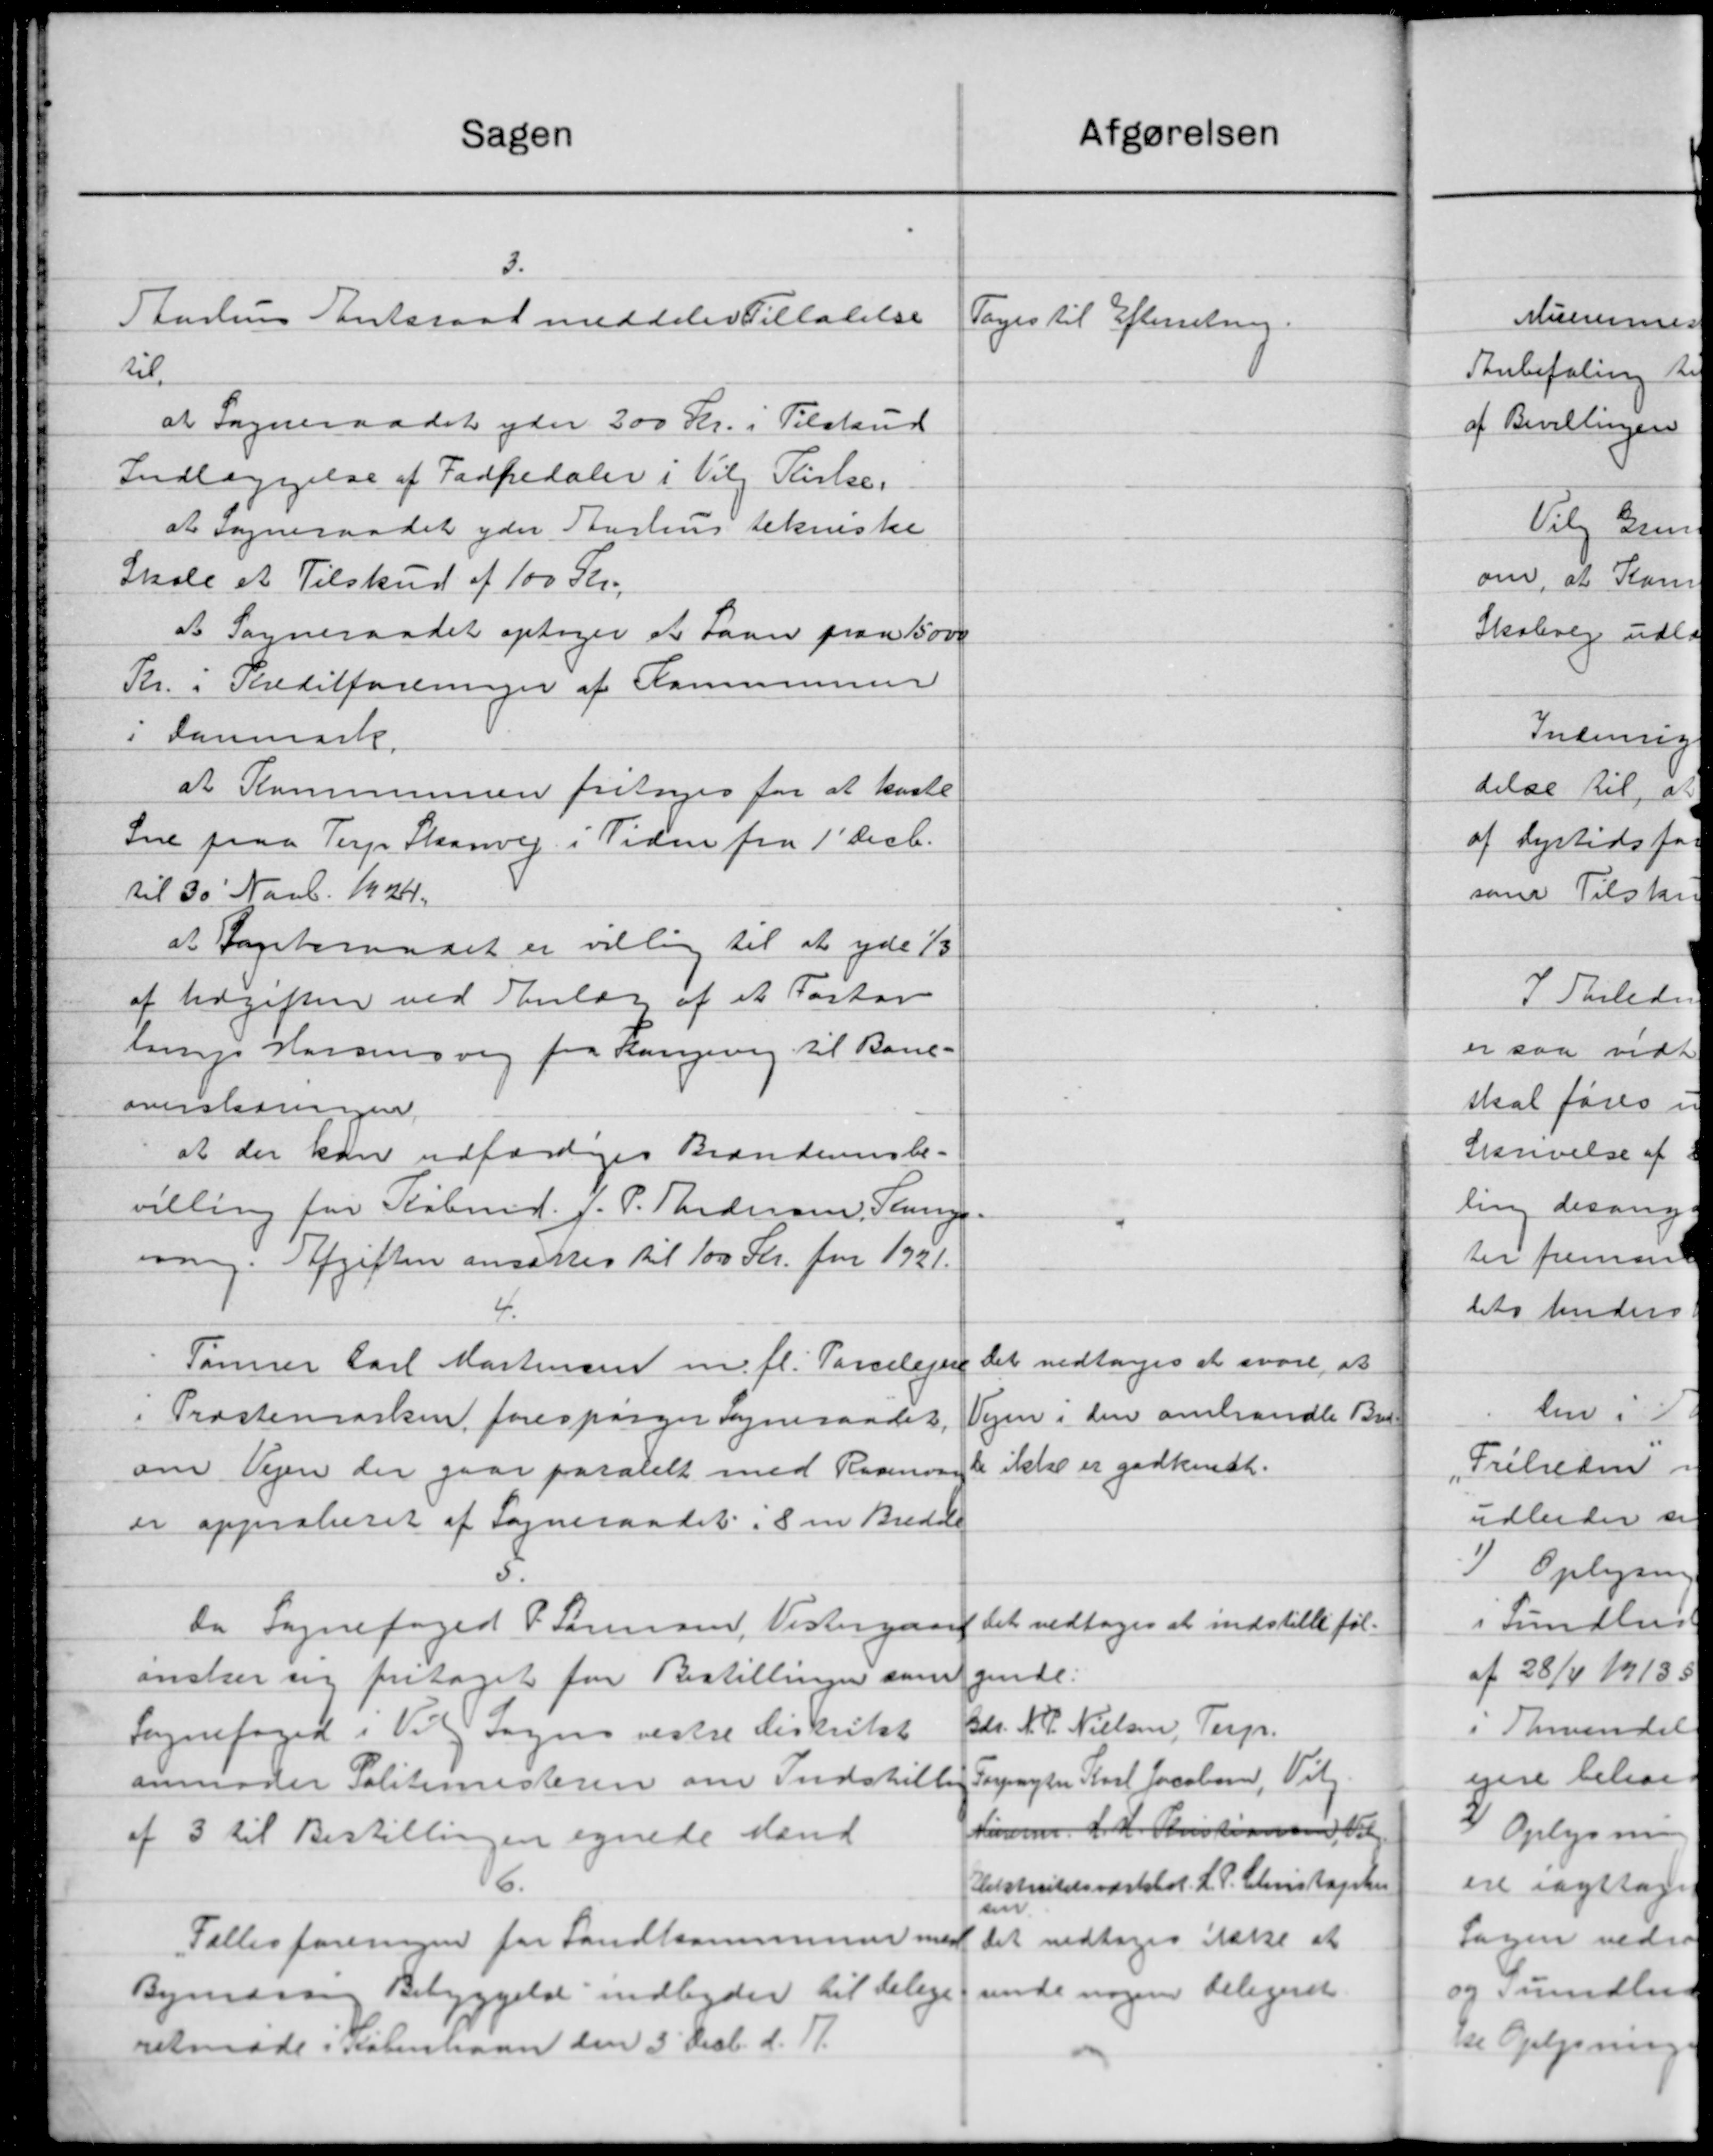
Transskription:
afgørelsen
Sagen
3.
Aarhus Amtsraad meddeler Tilladelse
Toges til Efterretning.
til
at Sogneraadet yder 300 Kr. i Tilskud
Indlæggelse af Fodfredaler i Vilg Kirke.
at Sogneraadet yder Aarhus tekniske
Skole et Tilskud af 100 Kr.
at Sogneraadet optages et Laan paa 15000
Kr. i Pheditforeninger af Kommunen
i Danmark.
at Kommunen fritages for at kaste
Sne paa Terp Skanvej i Tiden fra 1' Decb.
til 30' Novb. 1924.
at Fageteraadet er villig til at yde 1/3
af Udgiften ved Skulær af et Fortov
lerup Horsensvej fra Langevej til Bane-
overslagningen
at der kan udfærdiges Brændensbe-
villing for Købmd. J. P. Thedersen, Sang.
om. Afgiften ansættes til 100 Kr. for 1921.
4.
Det vedtoges at svare at
Tømrer Carl Mortensen m. fl. Parcelejer
Vejen i den omhandle Bud-
i Præstemarken forespørger Sogneraadet,
de ikke er godkendt.
om Vejen der gaar pasalelt med Rasmussen
er approberet af Sogneraadet i 8 m. Bredde
Da Sognefoged P. Sørensen, Vestergaard Det vedtoges at indstille føl-
ginde.
ønsker sig fritaget for Bestillingen som
Gdr. N. P. Nielsen, Terp.
Sognefoged i Vil Sogns vestre Distrikt
Forpagter Karl Jacobsen, Vilg.
anmoder Politimesteren om Indstillen
Hinner. L. M. Kristensen Vil
af 3 til Bestillingen egnede Mand
16.
Helstrutetsværthol. L. P. Christopelsen
sin
Det vedtoges ikke at
Fællesforeningen for Landkommunen med
unde nogen telegeret
Bymæssig Bebyggelse indbyder til delige
retmøde i København den 3 Decb. d. 11.